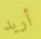
أريد